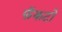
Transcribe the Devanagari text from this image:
फॅकटो